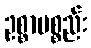
ဥစ္စာပစ္စည်း